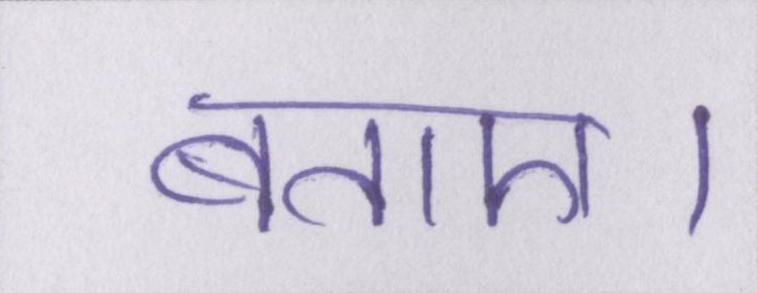
बताए।